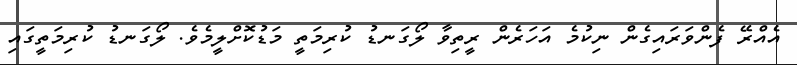
އެއްރޭ ފެންވަރައިގެން ނިކުމެ އަހަރެން ރީތިވާ ލޯގަނޑު ކުރިމަތީ މަޑުކޮށްލީމެވެ. ލޯގަނޑު ކުރިމަތީގައި